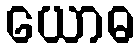
ယောဓ